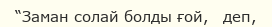
“Заман солай болды ғой,   деп,